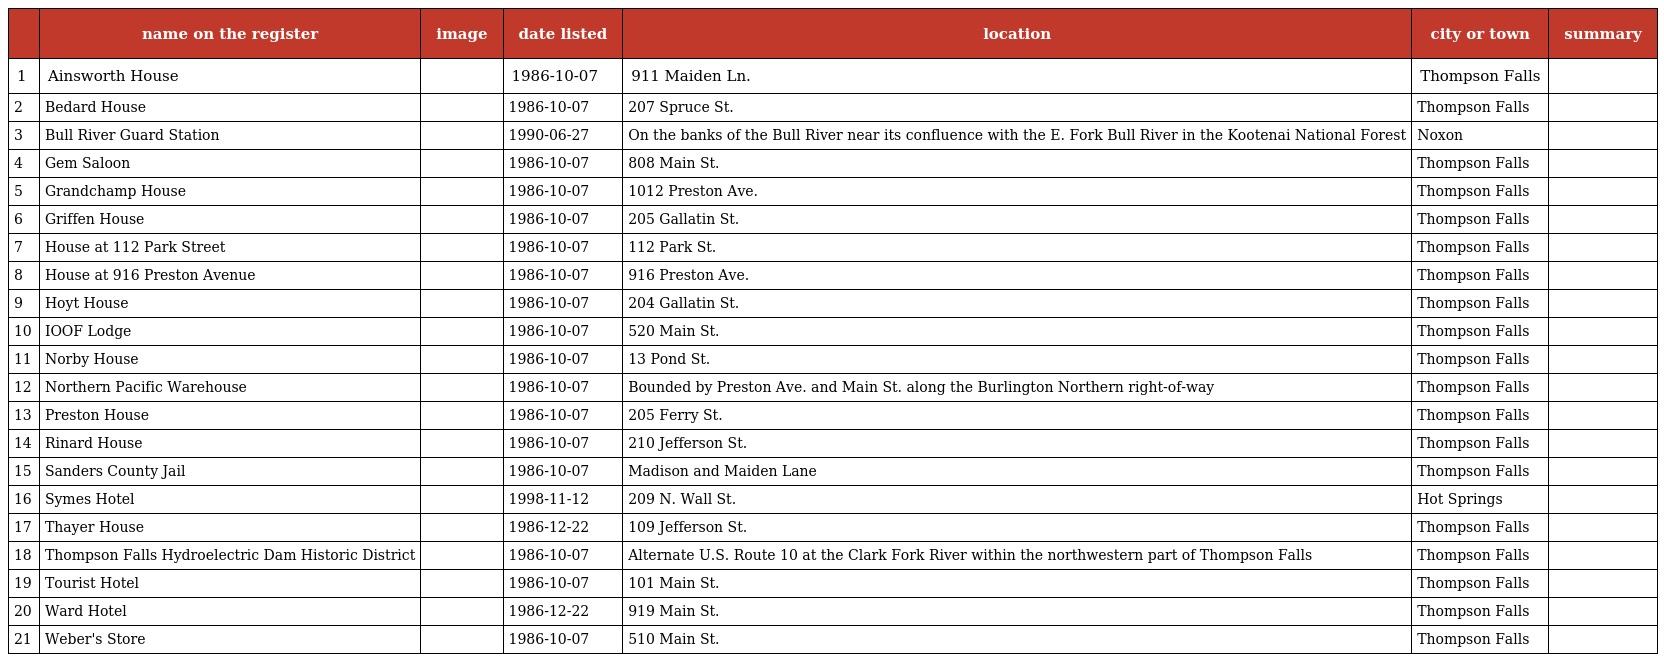
|  | name on the register | image | date listed | location | city or town | summary |
 | --- | --- | --- | --- | --- | --- | --- |
 | 1 | Ainsworth House |  | 1986-10-07 | 911 Maiden Ln. | Thompson Falls |  |
 | 2 | Bedard House |  | 1986-10-07 | 207 Spruce St. | Thompson Falls |  |
 | 3 | Bull River Guard Station |  | 1990-06-27 | On the banks of the Bull River near its confluence with the E. Fork Bull River in the Kootenai National Forest | Noxon |  |
 | 4 | Gem Saloon |  | 1986-10-07 | 808 Main St. | Thompson Falls |  |
 | 5 | Grandchamp House |  | 1986-10-07 | 1012 Preston Ave. | Thompson Falls |  |
 | 6 | Griffen House |  | 1986-10-07 | 205 Gallatin St. | Thompson Falls |  |
 | 7 | House at 112 Park Street |  | 1986-10-07 | 112 Park St. | Thompson Falls |  |
 | 8 | House at 916 Preston Avenue |  | 1986-10-07 | 916 Preston Ave. | Thompson Falls |  |
 | 9 | Hoyt House |  | 1986-10-07 | 204 Gallatin St. | Thompson Falls |  |
 | 10 | IOOF Lodge |  | 1986-10-07 | 520 Main St. | Thompson Falls |  |
 | 11 | Norby House |  | 1986-10-07 | 13 Pond St. | Thompson Falls |  |
 | 12 | Northern Pacific Warehouse |  | 1986-10-07 | Bounded by Preston Ave. and Main St. along the Burlington Northern right-of-way | Thompson Falls |  |
 | 13 | Preston House |  | 1986-10-07 | 205 Ferry St. | Thompson Falls |  |
 | 14 | Rinard House |  | 1986-10-07 | 210 Jefferson St. | Thompson Falls |  |
 | 15 | Sanders County Jail |  | 1986-10-07 | Madison and Maiden Lane | Thompson Falls |  |
 | 16 | Symes Hotel |  | 1998-11-12 | 209 N. Wall St. | Hot Springs |  |
 | 17 | Thayer House |  | 1986-12-22 | 109 Jefferson St. | Thompson Falls |  |
 | 18 | Thompson Falls Hydroelectric Dam Historic District |  | 1986-10-07 | Alternate U.S. Route 10 at the Clark Fork River within the northwestern part of Thompson Falls | Thompson Falls |  |
 | 19 | Tourist Hotel |  | 1986-10-07 | 101 Main St. | Thompson Falls |  |
 | 20 | Ward Hotel |  | 1986-12-22 | 919 Main St. | Thompson Falls |  |
 | 21 | Weber's Store |  | 1986-10-07 | 510 Main St. | Thompson Falls |  |